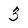
Character: 3